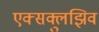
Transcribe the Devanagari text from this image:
एक्सक्लुझिव